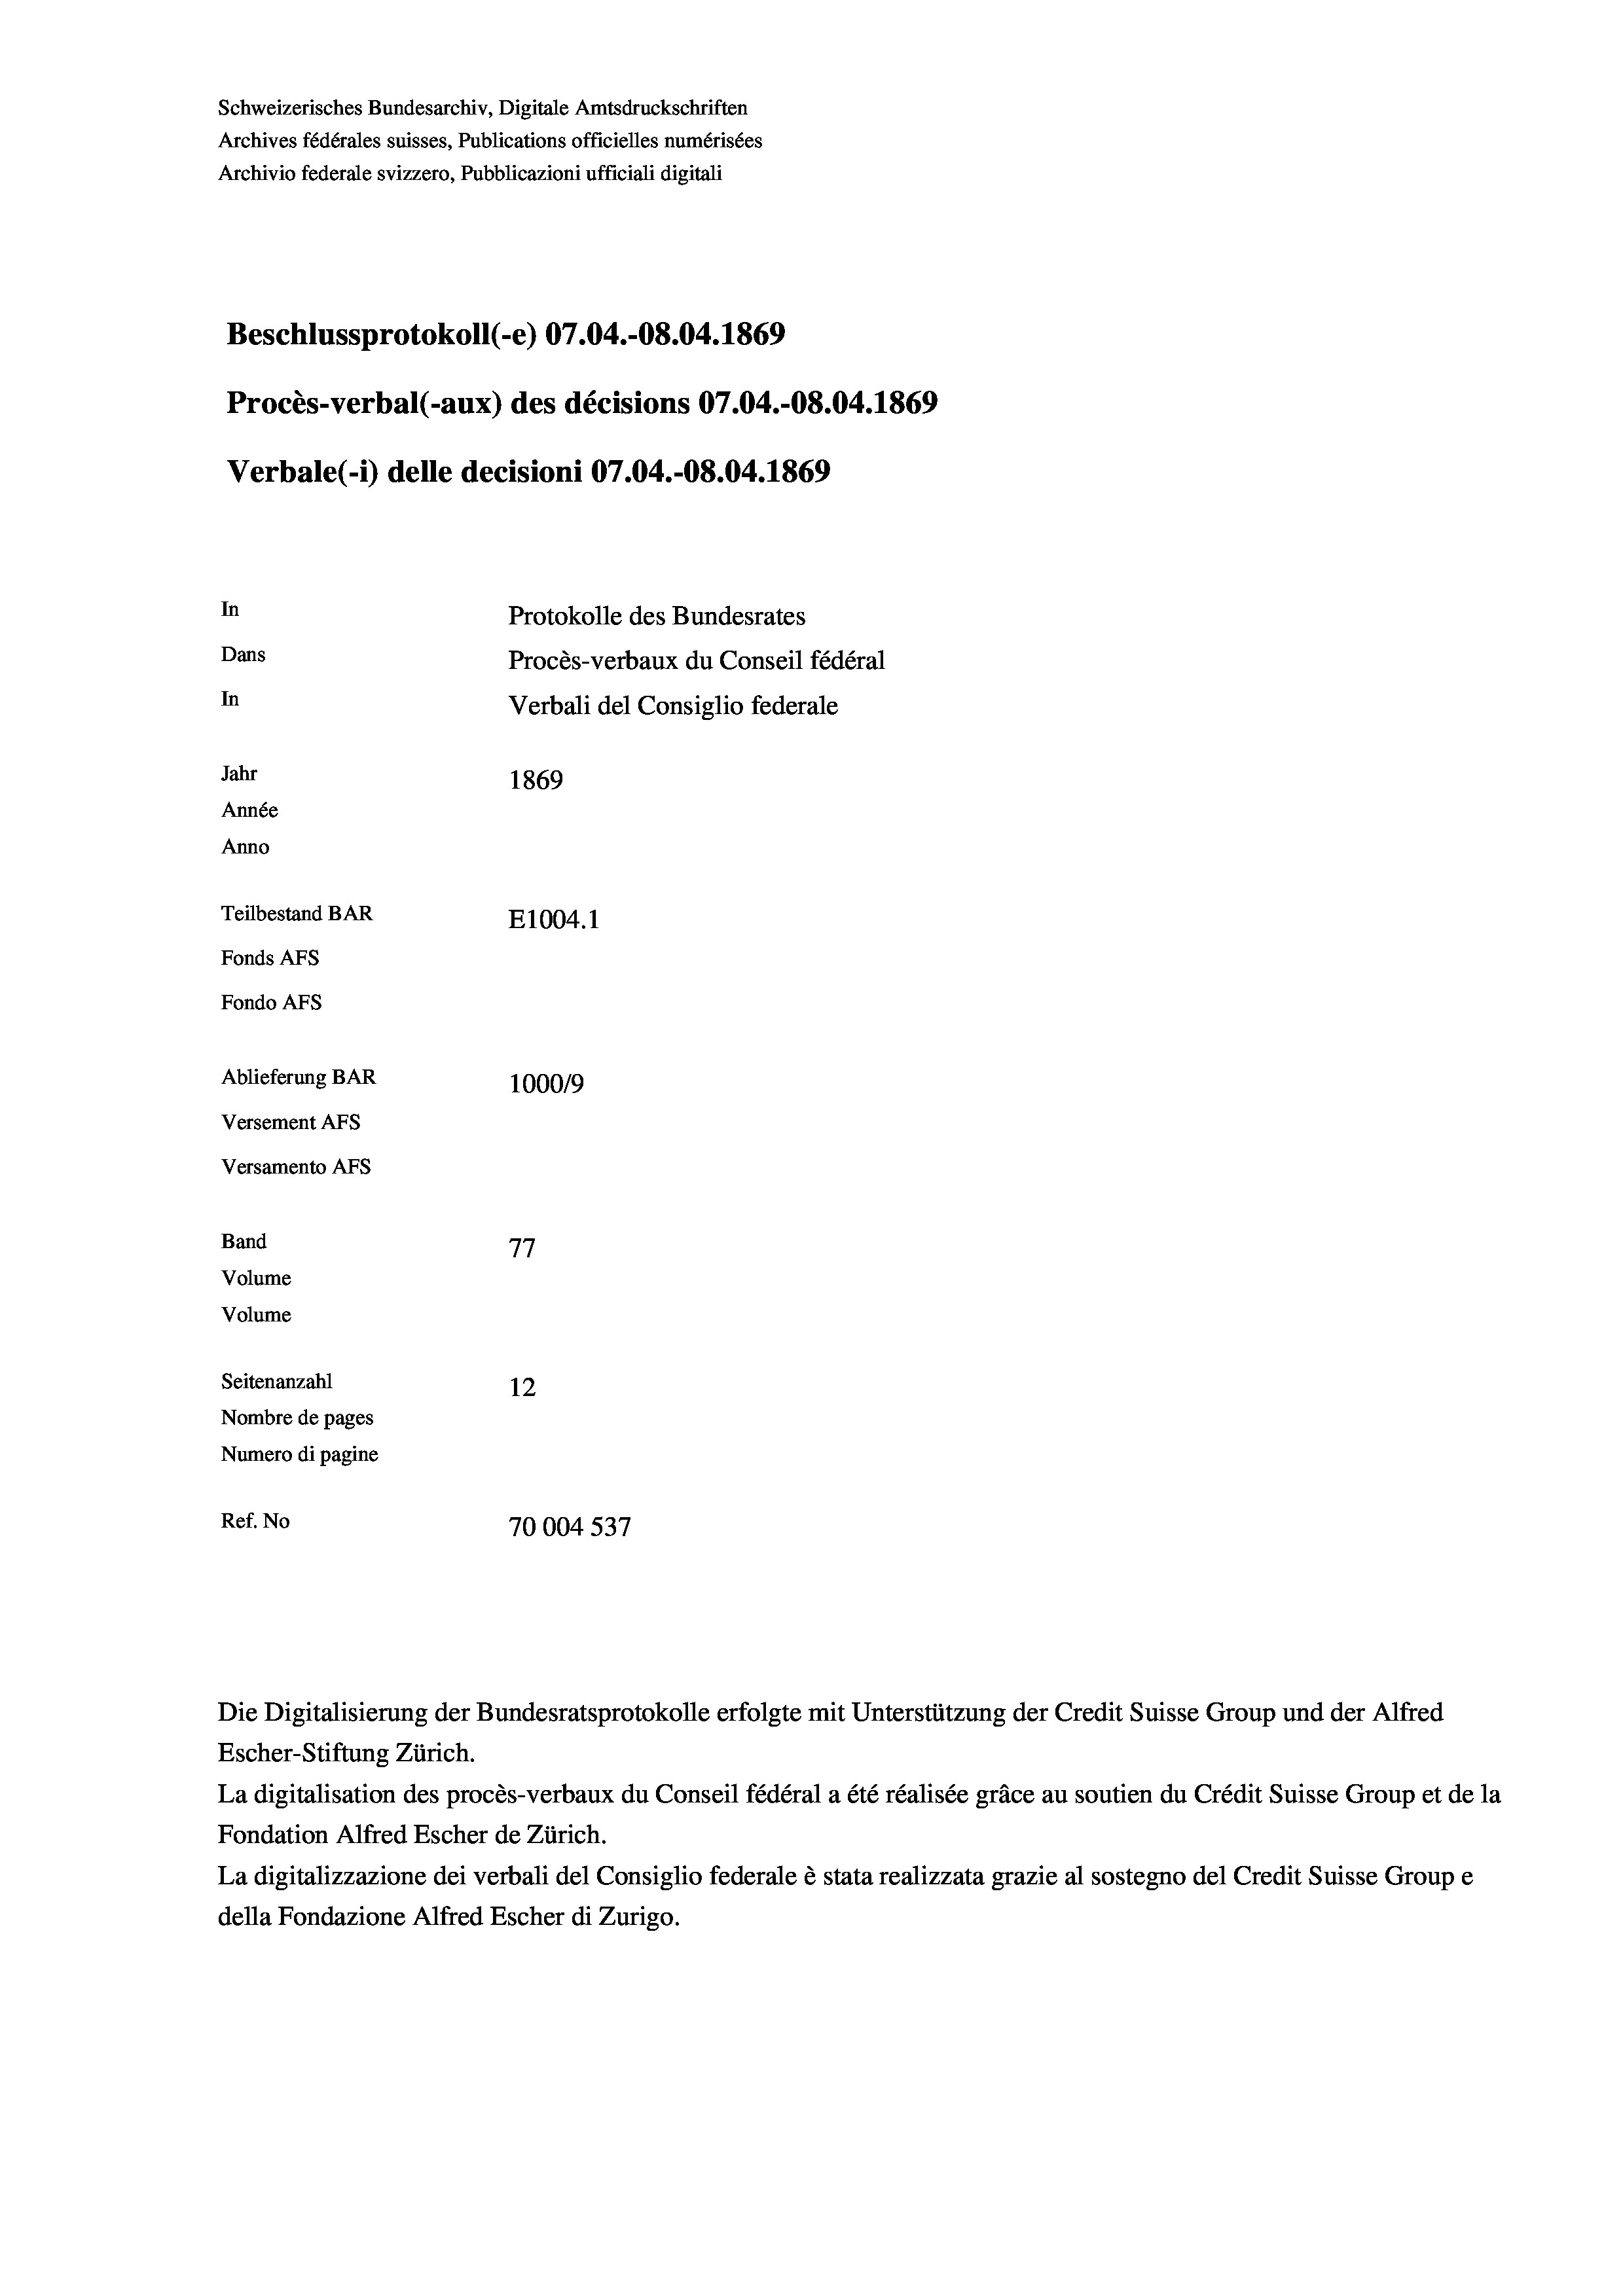
Schweizerisches Bundesarchiv, Digitale Amtsdruckschriften
Beschlussprotokoll (-e) 07.04.-08.04. 1869
Procès-verbal (-aux) des décisions 07.04.-O8.04. 1869
Verbale(-*) delle decisioni 07.04.-08.04. 1869
In
Protokolle des Bundesrates
Dans
Procès-verbaux du Conseil fédéral
In
Verbali del Consiglio federale
Jahr
1869
Année
Anno
Teilbestand BAR
E1004.1
Fonds AFs
Fondo Afs
Ablieferung BAR
100019
Versement AFs

Versamento AFs
Band
Volume

Volume

77
Seitenanzahl
12
Nombre de pages
Numero di pagine
Ref. No
70004 537

Escher-Stiftung Zürich.
La digitalisation des procès-verbaux du Conseil fédéral a été réalisée gräce au soutien du Crédit Suisse Group et de la
Fondation Alfred Escher de Zürich.
La digitalizzazione dei verbali del Consiglio federale è stata realizzata grazie al sostegno del Credit Suisse Groupe
della Fondazione Alfred Escher di Zurigo.

Archives fédérales suisses, Publications officielles numérisées
Archivio federale svizzero, Pubblicazioni ufficiali digitali

Die Digitalisierung der Bundesratsprotokolle erfolgte mit Unterstützung der Credit Suisse Group und der Alfred